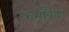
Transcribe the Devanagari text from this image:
फर्मोंबैंकों